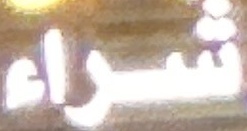
شراء